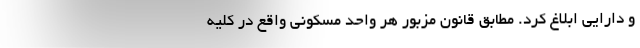
و دارایی ابلاغ کرد. مطابق قانون مزبور هر واحد مسکونی واقع در کلیه